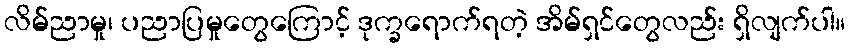
လိမ်ညာမှု၊ ပညာပြမှုတွေကြောင့် ဒုက္ခရောက်ရတဲ့ အိမ်ရှင်တွေလည်း ရှိလျက်ပါ။